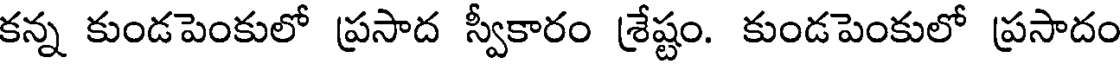
కన్న కుండపెంకులో ప్రసాద స్వీకారం శ్రేష్టం. కుండపెంకులో ప్రసాదం